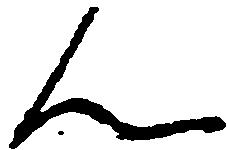
ん